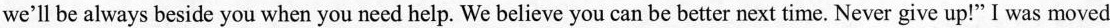
we'll be always beside you when you need help. We believe you can be better next time. Never give up!" I was moved